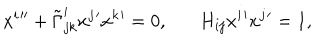
LaTeX: x ^ { i } { ' ^ { \prime } } + \tilde { \Gamma } _ { j k } ^ { i } x ^ { j } { ' } x ^ { k } { ' } = 0 , H _ { i j } x ^ { i } { ' } x ^ { j } { ' } = 1 ,